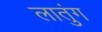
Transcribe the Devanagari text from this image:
लातुंग